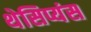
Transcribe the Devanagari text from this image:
थेसिप्यंस